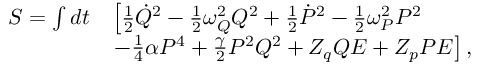
\begin{array} { r l } { S = \int d t } & { \left[ \frac { 1 } { 2 } \dot { Q } ^ { 2 } - \frac { 1 } { 2 } \omega _ { Q } ^ { 2 } Q ^ { 2 } + \frac { 1 } { 2 } \dot { P } ^ { 2 } - \frac { 1 } { 2 } \omega _ { P } ^ { 2 } P ^ { 2 } \right. } \\ & { \left. - \frac { 1 } { 4 } \alpha P ^ { 4 } + \frac { \gamma } { 2 } P ^ { 2 } Q ^ { 2 } + Z _ { q } Q E + Z _ { p } P E \right] , } \end{array}